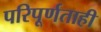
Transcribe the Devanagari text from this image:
परिपूर्णताही